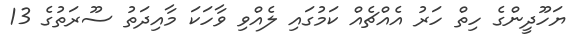
ޔަހޫދީންގެ ހިތް ހަރު އެއްޗެއް ކަމުގައި ލެއްވި ވާހަކަ މާއިދަތު ސޫރަތުގެ 13